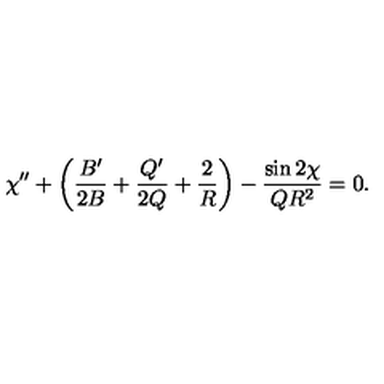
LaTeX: \chi ^ { \prime \prime } + \left( { \frac { B ^ { \prime } } { 2 B } } + { \frac { Q ^ { \prime } } { 2 Q } } + { \frac { 2 } { R } } \right) - { \frac { \sin 2 \chi } { Q R ^ { 2 } } } = 0 .